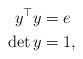
\begin{align*}y^\top y &= e\\\det y &= 1,\end{align*}